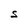
Character: S